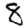
Digit: 8